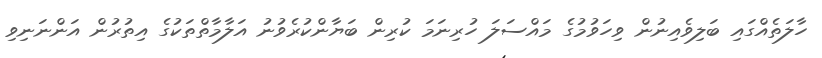
ހާލަތެއްގައި ބަލިވެއިނުން ވިހަވުމުގެ މައްސަލަ ހުރިނަމަ ކުރިން ބަޔާންކުރެވުނު އަލާމާތްތަކުގެ އިތުރުން އަންނަނިވި